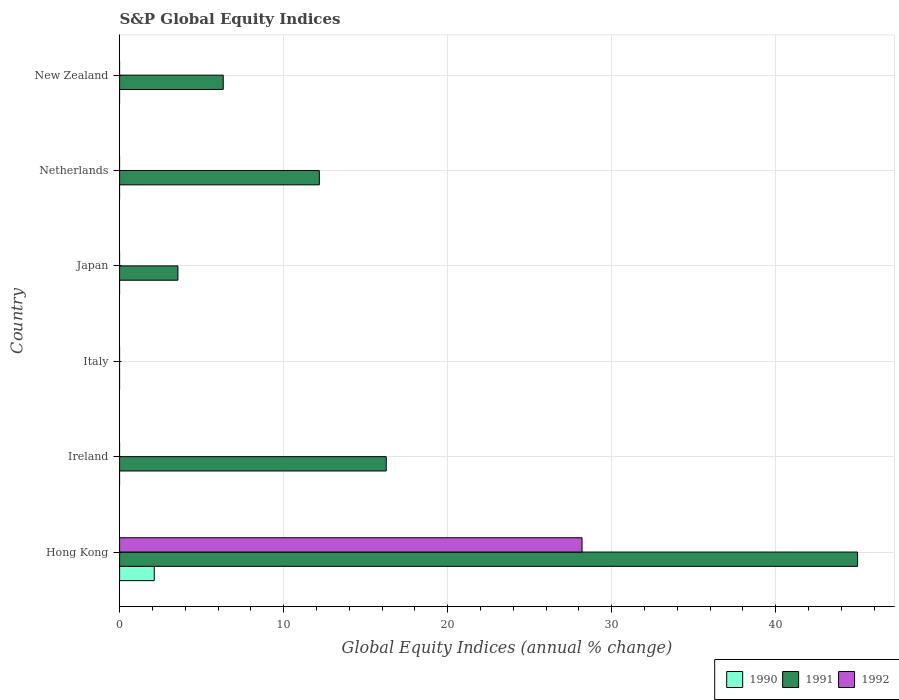
| Country | 1990 | 1991 | 1992 |
 | --- | --- | --- | --- |
 | Hong Kong | 2.11 | 45 | 28.2 |
 | Ireland | -21.2 | 16.3 | -18.8 |
 | Italy | -16 | -3.01 | -29.9 |
 | Japan | -34.8 | 3.55 | -25.7 |
 | Netherlands | -6.58 | 12.2 | -2.31 |
 | New Zealand | -39.6 | 6.32 | -8.78 |